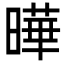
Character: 曄